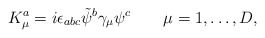
\begin{align*}K^a_\mu = i\epsilon_{abc}\tilde\psi^b\gamma_\mu\psi^c \qquad \mu=1,\dots,D,\end{align*}